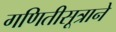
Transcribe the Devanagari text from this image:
गणितीसूत्राने